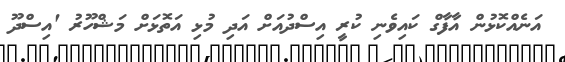
އަނެއްކޮޅުން އާފާގް ކައިވެނި ކުރީ އިސްދުއަށް އަދި މުޅި އަތޮޅަށް މަޝްހޫރު 'އިސްދޫ